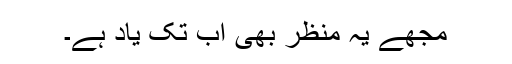
مجھے یہ منظر بھی اب تک یاد ہے۔